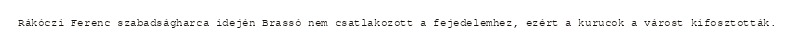
Rákóczi Ferenc szabadságharca idején Brassó nem csatlakozott a fejedelemhez, ezért a kurucok a várost kifosztották.